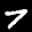
Label: 7